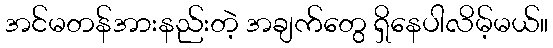
အင်မတန်အားနည်းတဲ့ အချက်တွေ ရှိနေပါလိမ့်မယ်။